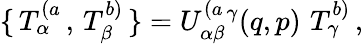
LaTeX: \{ \, T_{\alpha}^{(a}\, ,\, T_{\beta}^{b)}\, \} =U_{\alpha\beta}^{(a}{}^{\gamma}(q,p)\, \, T_{\gamma}^{b)}\, ,